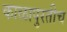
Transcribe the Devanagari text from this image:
काळापुरतीच